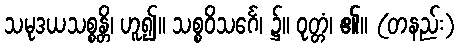
သမုဒယသစ္စန္တိ၊ ဟူ၍။ သစ္စဝိသင်္ဂေ၊ ၌။ ဝုတ္တံ၊ ၏။ (တနည်း)